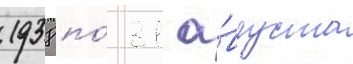
1938 по́ 31 а́вгуста